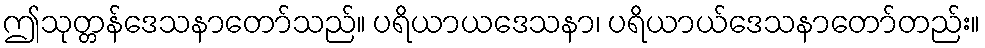
ဤသုတ္တန်ဒေသနာတော်သည်။ ပရိယာယဒေသနာ၊ ပရိယာယ်ဒေသနာတော်တည်း။